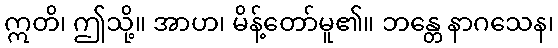
ဣတိ၊ ဤသို့။ အာဟ၊ မိန့်တော်မူ၏။ ဘန္တေ နာဂသေန၊